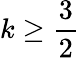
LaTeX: k\geq\frac{3}{2}